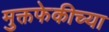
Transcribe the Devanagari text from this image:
मुक्तफेकीच्या